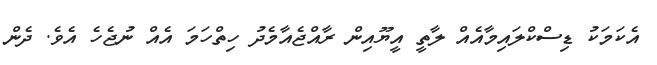
އެކަމަކު ޑިސްކްލައިމާއެއް ލާތީ އީޔޫއިން ރާއްޖެއާމެދު ހިތްހަމަ އެއް ނުޖެހެ އެވެ. ދެން